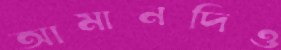
আমানদিও